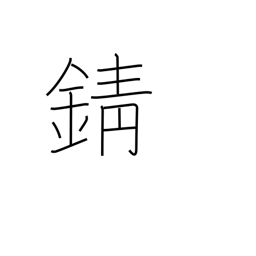
Meaning: tarnish